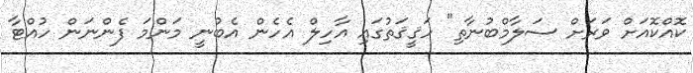
ކޮއްކޮއަށް ވަރަށް ސަލާމްބުނާތި" ހަޤީޤަތުގައި އާހިލް އެހެން އެބުނީ މަންމަ ފެންނަން ހުއްޓާ